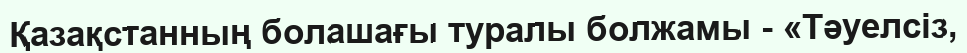
Қазақстанның болашағы туралы болжамы - «Тәуелсіз,